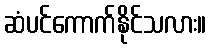
ဆံပင်ကောက်နိုင်သလား။